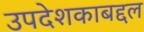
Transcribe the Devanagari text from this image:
उपदेशकाबद्दल